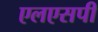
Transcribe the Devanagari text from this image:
एलएसपी